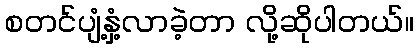
စတင်ပျံ့နှံ့လာခဲ့တာ လို့ဆိုပါတယ်။